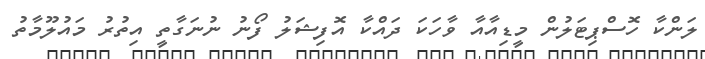
ލަންކާ ހޮސްޕިޓަލުން މީޑިއާއާ ވާހަކަ ދައްކާ އޮފިޝަލު ފޯނު ނުނަގާތީ އިތުރު މައުލޫމާތު